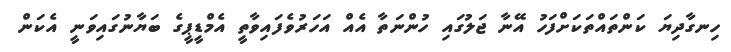
ހިނގާދިޔަ ކަންތައްތަކަށްފަހު އޭނާ ޖަލުގައި ހުންނަތާ އެއް އަހަރުވެފައިވާތީ އެމްޑީޕީގެ ބަޔާނުގައިވަނީ އެކަން